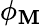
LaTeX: \phi_{\mathbf{M}}